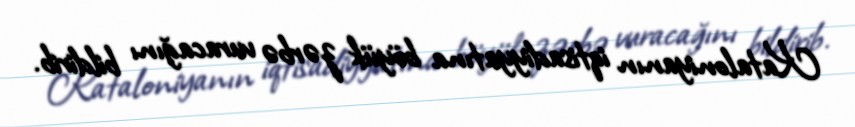
Kataloniyanın iqtisadiyyatına böyük zərbə vuracağını bildirib.